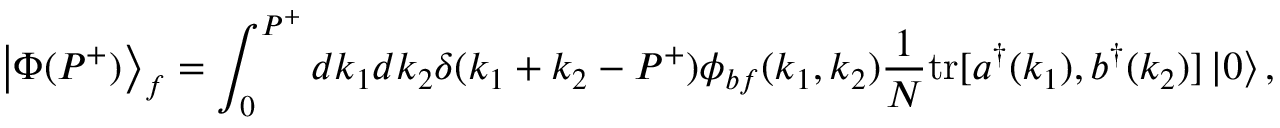
\left\vert \Phi ( P ^ { + } ) \right\rangle _ { f } = \int _ { 0 } ^ { P ^ { + } } d k _ { 1 } d k _ { 2 } \delta ( k _ { 1 } + k _ { 2 } - P ^ { + } ) \phi _ { b f } ( k _ { 1 } , k _ { 2 } ) { \frac { 1 } { N } } \mathrm { t r } [ a ^ { \dagger } ( k _ { 1 } ) , b ^ { \dagger } ( k _ { 2 } ) ] \left\vert 0 \right\rangle ,